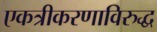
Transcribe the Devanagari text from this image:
एकत्रीकरणाविरुद्ध